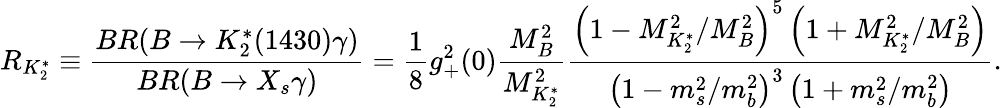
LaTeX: R_{K_{2}^{*}}\equiv\frac{BR(B\to K_{2}^{*}(1430)\gamma)}{BR(B\to X_{s}\gamma)}=\frac 18g_{+}^{2}(0)\frac{M_{B}^{2}}{M_{K_{2}^{*}}^{2}}\frac{\left(1-{M_{K_{2}^{*}}^{2}}/{M_{B}^{2}}\right)^{5}\left(1+{M_{K_{2}^{*}}^{2}}/{M_{B}^{2}}\right)}{\left(1-{m_{s}^{2}}/{m_{b}^{2}}\right)^{3}\left(1+{m_{s}^{2}}/{m_{b}^{2}}\right)}.